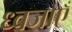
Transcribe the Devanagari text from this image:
ध्वजाएँ